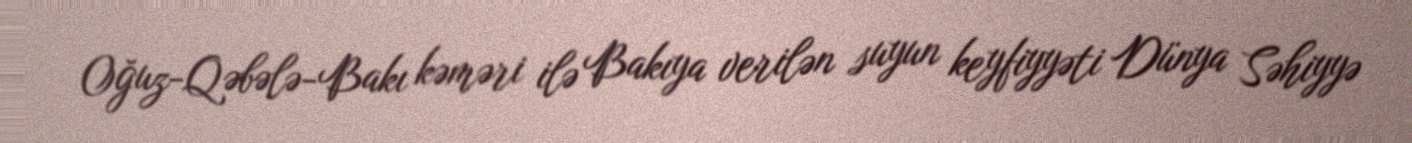
Oğuz-Qəbələ-Bakı kəməri ilə Bakıya verilən suyun keyfiyyəti Dünya Səhiyyə